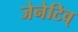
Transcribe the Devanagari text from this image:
जेनेटिव्